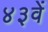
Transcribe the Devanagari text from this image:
४३वें